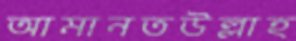
আমানতউল্লাহ